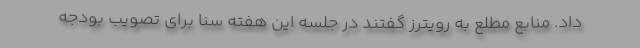
داد. منابع مطلع به رویترز گفتند در جلسه این هفته سنا برای تصویب بودجه